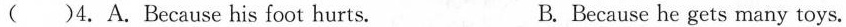
( )4.A.Because his foot hurts. B. Because he gets many toys.